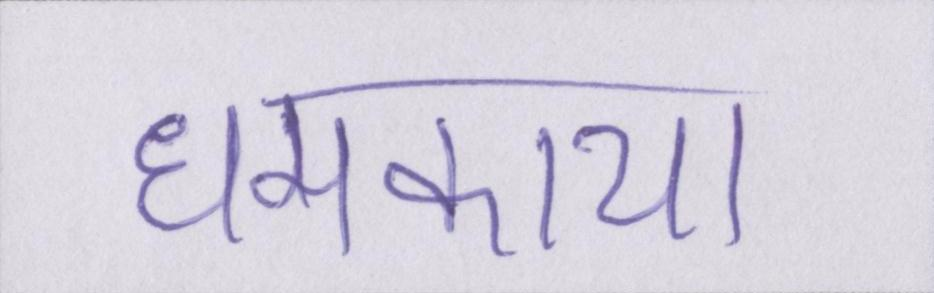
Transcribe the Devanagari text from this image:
धमकाया